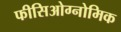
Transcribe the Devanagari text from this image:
फीसिओग्नोमिक